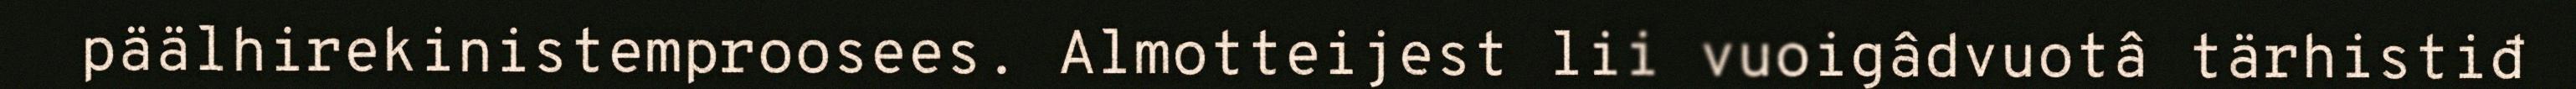
päälhirekinistemproosees. Almotteijest lii vuoigâdvuotâ tärhistiđ